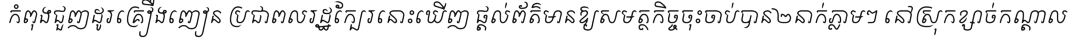
កំពុងជួញដូរគ្រឿងញៀន ប្រជាពលរដ្ឋក្បែរនោះឃើញ ផ្តល់ព័ត៌មានឱ្យសមត្ថកិច្ចចុះចាប់បាន២នាក់ភ្លាមៗ នៅស្រុកខ្សាច់កណ្តាល